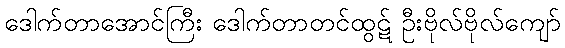
ဒေါက်တာအောင်ကြီး ဒေါက်တာတင်ထွဋ် ဦးဗိုလ်ဗိုလ်ကျော်